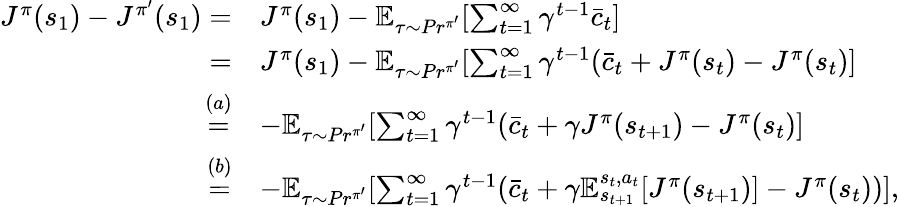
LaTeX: \begin{array}{rl}{J^{\pi}(s_{1})-J^{\pi^{\prime}}(s_{1})=}&{J^{\pi}(s_{1})-\mathbb{E}_{\tau\sim Pr^{\pi^{\prime}}}[\sum_{t=1}^{\infty}\gamma^{t-1}\bar{c}_{t}]}\\ {=}&{J^{\pi}(s_{1})-\mathbb{E}_{\tau\sim Pr^{\pi^{\prime}}}[\sum_{t=1}^{\infty}\gamma^{t-1}(\bar{c}_{t}+J^{\pi}(s_{t})-J^{\pi}(s_{t})]}\\ {\overset{(a)}{=}}&{-\mathbb{E}_{\tau\sim Pr^{\pi^{\prime}}}[\sum_{t=1}^{\infty}\gamma^{t-1}(\bar{c}_{t}+\gamma J^{\pi}(s_{t+1})-J^{\pi}(s_{t})]}\\ {\overset{(b)}{=}}&{-\mathbb{E}_{\tau\sim Pr^{\pi^{\prime}}}[\sum_{t=1}^{\infty}\gamma^{t-1}(\bar{c}_{t}+\gamma\mathbb{E}_{s_{t+1}}^{s_{t},a_{t}}[J^{\pi}(s_{t+1})]-J^{\pi}(s_{t}))],}\end{array}